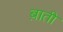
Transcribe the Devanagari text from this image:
ब़ाती